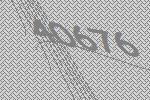
40676